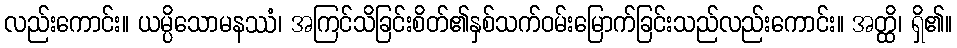
လည်းကောင်း။ ယမ္ပိသောမနဿံ၊ အကြင်သိခြင်းစိတ်၏နှစ်သက်ဝမ်းမြောက်ခြင်းသည်လည်းကောင်း။ အတ္ထိ၊ ရှိ၏။